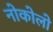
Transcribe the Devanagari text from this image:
नोकोलो